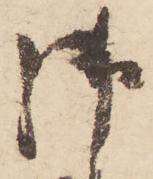
御